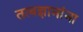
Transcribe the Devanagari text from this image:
तत्वज्ञानांना